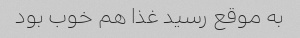
به موقع رسید غذا هم خوب بود